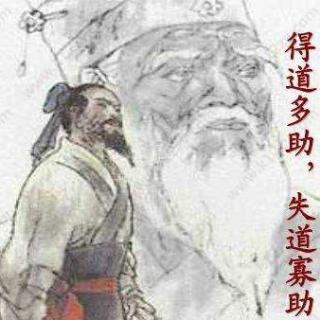
得道者多助，失道者寡助。